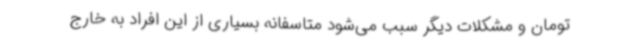
تومان و مشکلات دیگر سبب می‌شود متاسفانه بسیاری از این افراد به خارج